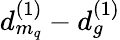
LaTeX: d_{m_{q}}^{(1)}-d_{g}^{(1)}